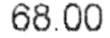
68.00